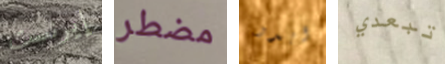
إيرنست مضطر ابدو تبعدي